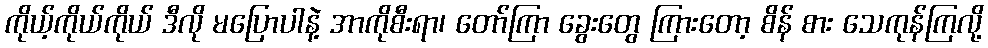
ကိုယ့်ကိုယ်ကိုယ် ဒီလို မပြောပါနဲ့ အာကိုစီးရာ၊ တော်ကြာ ခွေးတွေ ကြားတော့ စိန် စား သေကုန်ကြလို့